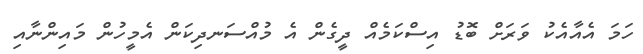
ހަމަ އެއާއެކު ވަރަށް ބޮޑު އިސްކަމެއް ދީގެން އެ މުއްސަނދިކަން އެމީހުން މައިންނާއި